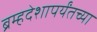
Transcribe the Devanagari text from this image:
ब्रम्हदेशापर्यंतच्या